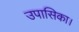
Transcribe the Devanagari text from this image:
उपासिका।